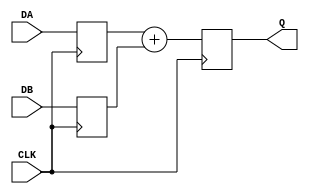
//top level 

module rtl_top
#(
parameter	width	=	3
)
(
input	[width:0]	DA,
input	[width:0]	DB,
input				CLK,
output	[width:0]	Q 
);

wire	clk_c;
reg		[width:0]	q_c;
reg		[width:0]	da_c;
reg		[width:0]	db_c;


always @(posedge CLK) begin
	da_c	<=	DA;
	db_c	<=	DB;
	q_c		<=	da_c + db_c;
end

assign Q = q_c;
endmodule